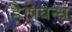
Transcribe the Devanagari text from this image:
है।प्रबन्ध